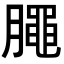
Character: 𣎜